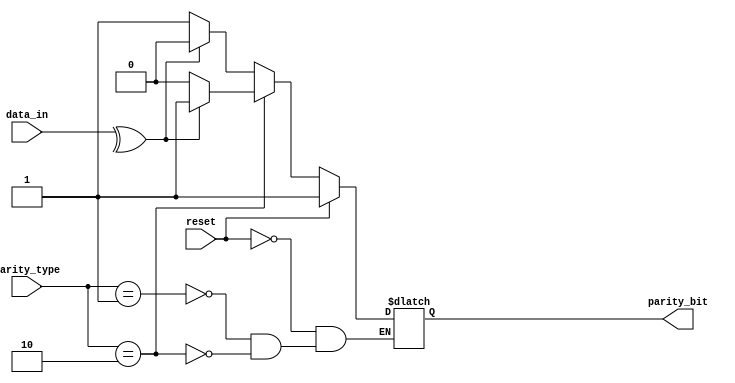
module parityT(
input reset,
input [7:0] data_in,
input [1:0] parity_type,

output reg parity_bit
);

localparam  Odd = 2'b01,
				Even= 2'b10;
				
always @ (*)
begin
	if (reset)
	parity_bit <= 1'b1;
	else
		begin
			case (parity_type)
			Odd:  parity_bit <= (^data_in) ? 1'b0:1'b1;
			Even: parity_bit <= (^data_in) ? 1'b1:1'b0;
			endcase
		end
end
endmodule